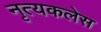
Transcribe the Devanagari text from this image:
नृत्यकलेस